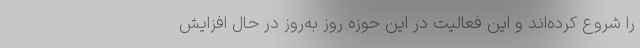
را شروع کرده‌اند و این فعالیت در این حوزه روز به‌روز در حال افزایش